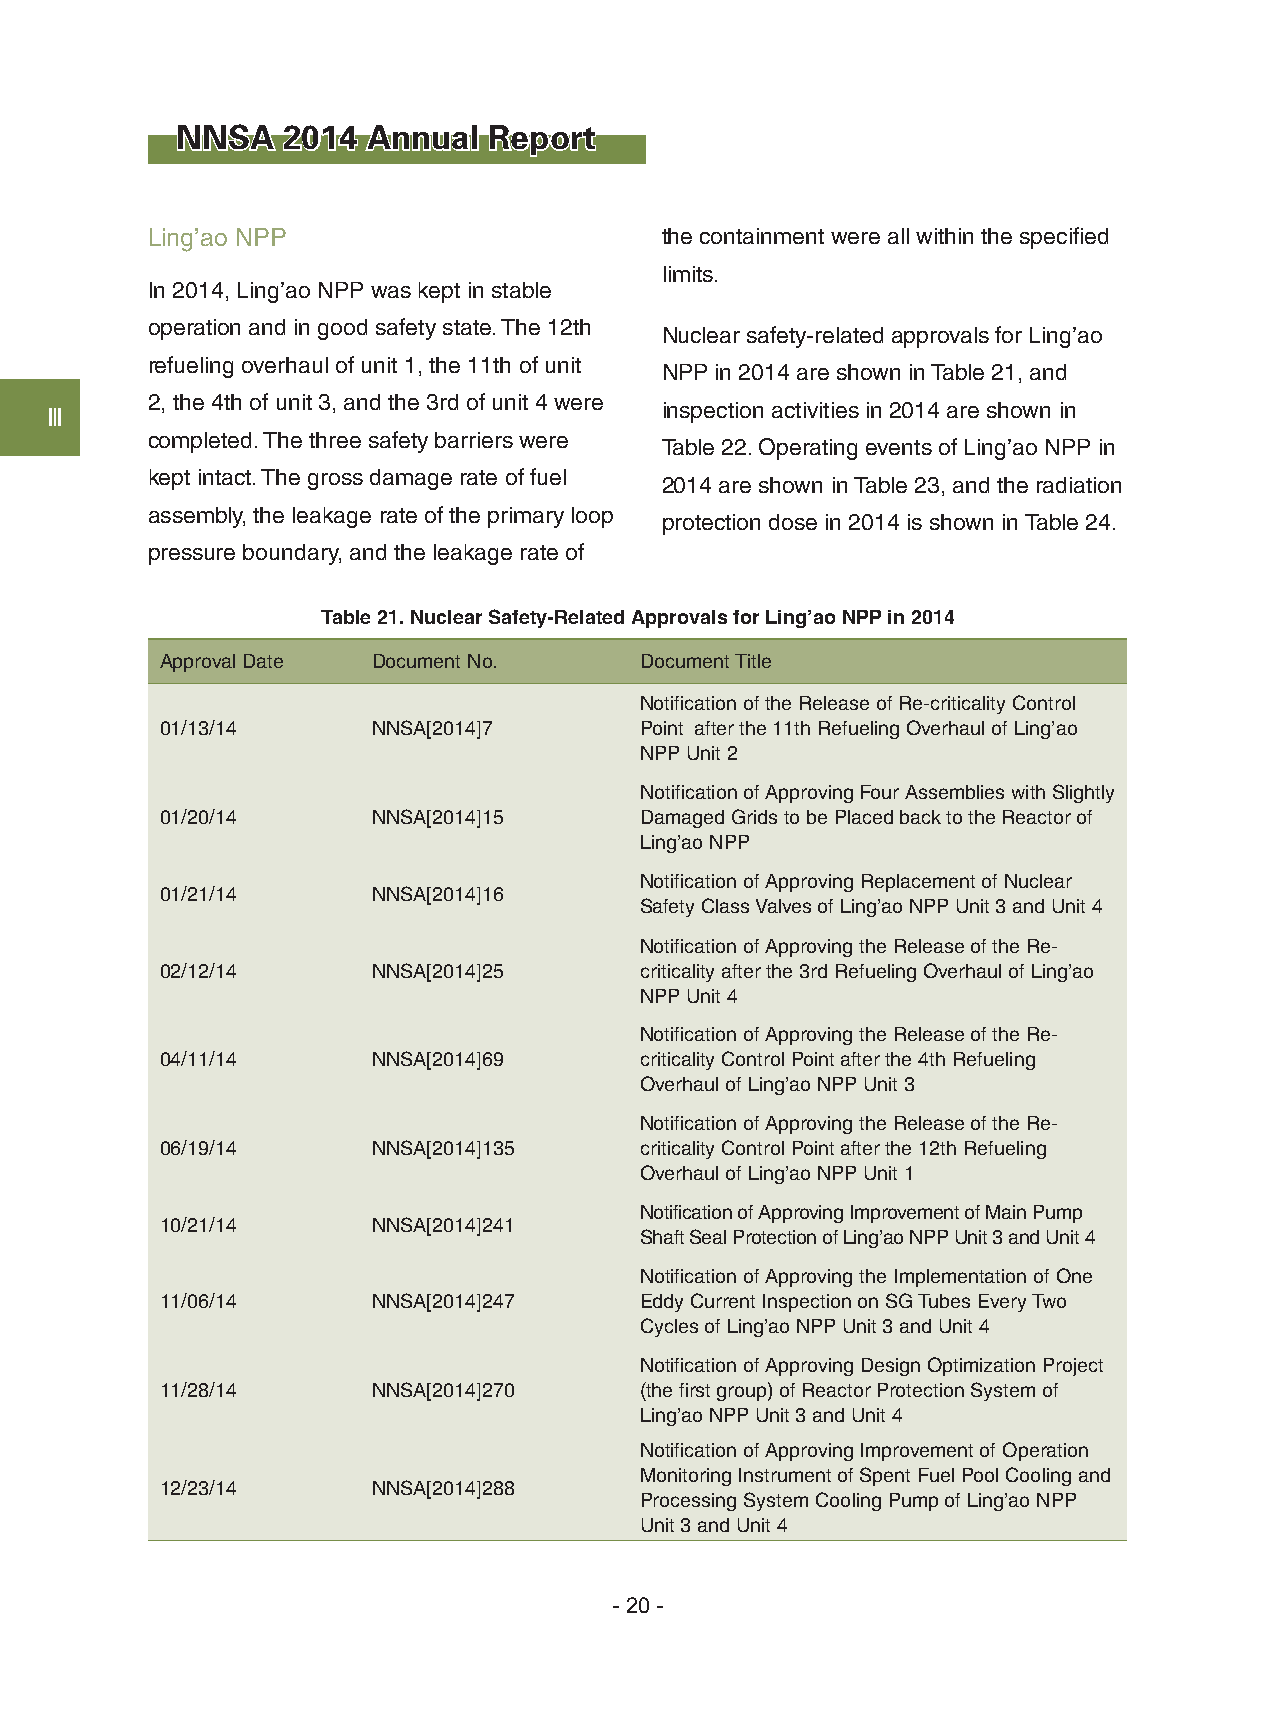
NNSA   2014 Annual  Report
 Ling’ao NPP                       the containment were all within the specified
 limits.
 In 2014, Ling’ao NPP was kept in stable
 operation and in good safety state. The 12th
 Nuclear safety-related approvals for Ling’ao
 refueling overhaul of unit 1, the 11th of unit
 NPP in 2014 are shown in Table 21, and
 2, the 4th of unit 3, and the 3rd of unit 4 were
 inspection activities in 2014 are shown in
 Ⅲ
 completed. The three safety barriers were
 Table 22. Operating events of Ling’ao NPP in
 kept intact. The gross damage rate of fuel
 2014 are shown in Table 23, and the radiation
 assembly, the leakage rate of the primary loop
 protection dose in 2014 is shown in Table 24.
 pressure boundary, and the leakage rate of
 Table 21. Nuclear Safety-Related Approvals for Ling’ao NPP in 2014
 Approval Date Document No.     Document Title
 Notification of the Release of Re-criticality Control
 01/13/14      NNSA[2014]7      Point after the 11th Refueling Overhaul of Ling’ao
 NPP Unit 2
 Notification of Approving Four Assemblies with Slightly
 01/20/14      NNSA[2014]15     Damaged Grids to be Placed back to the Reactor of
 Ling’ao NPP
 Notification of Approving Replacement of Nuclear
 01/21/14      NNSA[2014]16
 Safety Class Valves of Ling’ao NPP Unit 3 and Unit 4
 Notification of Approving the Release of the Re-
 02/12/14      NNSA[2014]25     criticality after the 3rd Refueling Overhaul of Ling’ao
 NPP Unit 4
 Notification of Approving the Release of the Re-
 04/11/14      NNSA[2014]69     criticality Control Point after the 4th Refueling
 Overhaul of Ling’ao NPP Unit 3
 Notification of Approving the Release of the Re-
 06/19/14      NNSA[2014]135    criticality Control Point after the 12th Refueling
 Overhaul of Ling’ao NPP Unit 1
 Notification of Approving Improvement of Main Pump
 10/21/14      NNSA[2014]241
 Shaft Seal Protection of Ling’ao NPP Unit 3 and Unit 4
 Notification of Approving the Implementation of One
 11/06/14      NNSA[2014]247    Eddy Current Inspection on SG Tubes Every Two
 Cycles of Ling’ao NPP Unit 3 and Unit 4
 Notification of Approving Design Optimization Project
 11/28/14      NNSA[2014]270    (the first group) of Reactor Protection System of
 Ling’ao NPP Unit 3 and Unit 4
 Notification of Approving Improvement of Operation
 Monitoring Instrument of Spent Fuel Pool Cooling and
 12/23/14      NNSA[2014]288
 Processing System Cooling Pump of Ling’ao NPP
 Unit 3 and Unit 4
 - 20 -